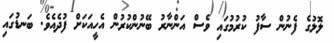
ލޮލުގެ ފެނުން ސާފު ކުރުމުގައި ވެސް އަންނާރު ބޭނުންކުރުން އެހީއަކަށް ފުދެއެވެ. ބަނޑުގައި